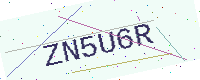
Text: ZN5U6R